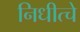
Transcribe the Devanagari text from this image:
निधीत्चे